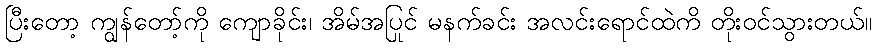
ပြီးတော့ ကျွန်တော့်ကို ကျောခိုင်း၊ အိမ်အပြင် မနက်ခင်း အလင်းရောင်ထဲကို တိုးဝင်သွားတယ်။